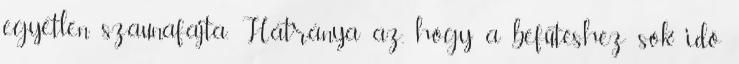
egyetlen szaunafajta. Hátránya az, hogy a befűtéshez sok idő